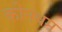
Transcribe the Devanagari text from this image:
कीनधम